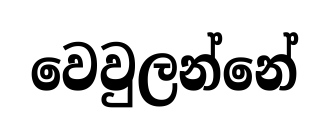
වෙවුලන්නේ